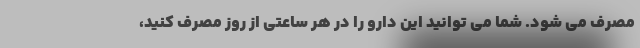
مصرف می شود. شما می توانید این دارو را در هر ساعتی از روز مصرف کنید،